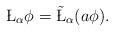
LaTeX: \begin{align*}\L_\alpha\phi=\tilde\L_\alpha(a\phi).\end{align*}